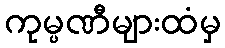
ကုမ္ပဏီများထံမှ